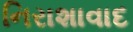
નિરાશાવાદ